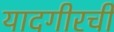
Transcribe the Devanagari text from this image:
यादगीरची